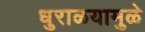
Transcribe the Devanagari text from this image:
धुराळयामुळे